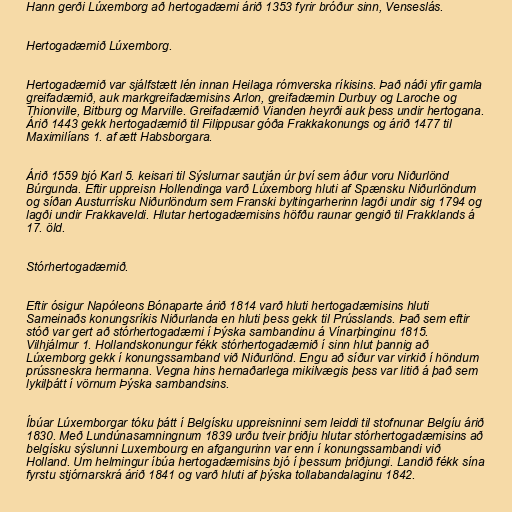
Hann gerði Lúxemborg að hertogadæmi árið 1353 fyrir bróður sinn, Venseslás.

Hertogadæmið Lúxemborg.

Hertogadæmið var sjálfstætt lén innan Heilaga rómverska ríkisins. Það náði yfir gamla
greifadæmið, auk markgreifadæmisins Arlon, greifadæmin Durbuy og Laroche og
Thionville, Bitburg og Marville. Greifadæmið Vianden heyrði auk þess undir hertogana.
Árið 1443 gekk hertogadæmið til Filippusar góða Frakkakonungs og árið 1477 til
Maximilíans 1. af ætt Habsborgara.

Árið 1559 bjó Karl 5. keisari til Sýslurnar sautján úr því sem áður voru Niðurlönd
Búrgunda. Eftir uppreisn Hollendinga varð Lúxemborg hluti af Spænsku Niðurlöndum
og síðan Austurrísku Niðurlöndum sem Franski byltingarherinn lagði undir sig 1794 og
lagði undir Frakkaveldi. Hlutar hertogadæmisins höfðu raunar gengið til Frakklands á
17. öld.

Stórhertogadæmið.

Eftir ósigur Napóleons Bónaparte árið 1814 varð hluti hertogadæmisins hluti
Sameinaðs konungsríkis Niðurlanda en hluti þess gekk til Prússlands. Það sem eftir
stóð var gert að stórhertogadæmi í Þýska sambandinu á Vínarþinginu 1815.
Vilhjálmur 1. Hollandskonungur fékk stórhertogadæmið í sinn hlut þannig að
Lúxemborg gekk í konungssamband við Niðurlönd. Engu að síður var virkið í höndum
prússneskra hermanna. Vegna hins hernaðarlega mikilvægis þess var litið á það sem
lykilþátt í vörnum Þýska sambandsins.

Íbúar Lúxemborgar tóku þátt í Belgísku uppreisninni sem leiddi til stofnunar Belgíu árið
1830. Með Lundúnasamningnum 1839 urðu tveir þriðju hlutar stórhertogadæmisins að
belgísku sýslunni Luxembourg en afgangurinn var enn í konungssambandi við
Holland. Um helmingur íbúa hertogadæmisins bjó í þessum þriðjungi. Landið fékk sína
fyrstu stjórnarskrá árið 1841 og varð hluti af þýska tollabandalaginu 1842.